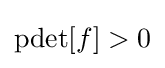
\operatorname {pdet} [f]>0